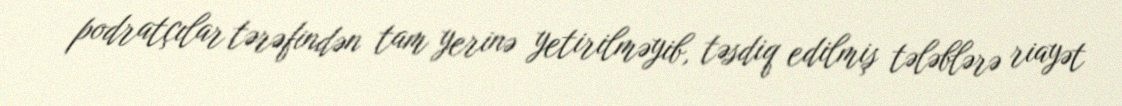
podratçılar tərəfindən tam yerinə yetirilməyib, təsdiq edilmiş tələblərə riayət